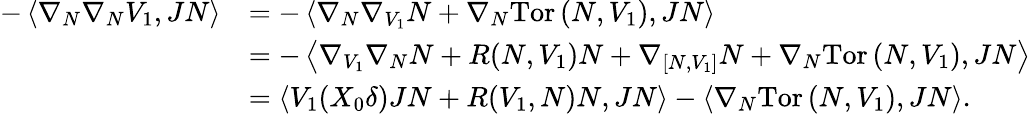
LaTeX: \begin{array}{rl}{-\left\langle\nabla_{N}\nabla_{N}V_{1},JN\right\rangle}&{=-\left\langle\nabla_{N}\nabla_{V_{1}}N+\nabla_{N}\mathrm{Tor}\left(N,V_{1}\right),JN\right\rangle}\\ &{=-\left\langle\nabla_{V_{1}}\nabla_{N}N+R(N,V_{1})N+\nabla_{\left[N,V_{1}\right]}N+\nabla_{N}\mathrm{Tor}\left(N,V_{1}\right),JN\right\rangle}\\ &{=\left\langle V_{1}(X_{0}\delta)JN+R(V_{1},N)N,JN\right\rangle-\left\langle\nabla_{N}\mathrm{Tor}\left(N,V_{1}\right),JN\right\rangle.}\end{array}